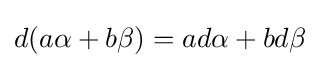
d(a\alpha +b\beta )=ad\alpha +bd\beta